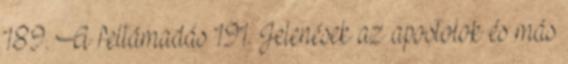
189. A feltámadás 191. Jelenések az apostolok és más